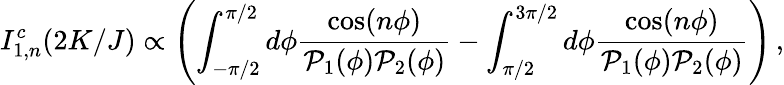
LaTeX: I_{1,n}^{c}(2K/J)\propto\left(\int_{-\pi/2}^{\pi/2}d\phi\frac{\cos(n\phi)}{{\cal P}_{1}(\phi){\cal P}_{2}(\phi)}-\int_{\pi/2}^{3\pi/2}d\phi\frac{\cos(n\phi)}{{\cal P}_{1}(\phi){\cal P}_{2}(\phi)}\right)\, ,